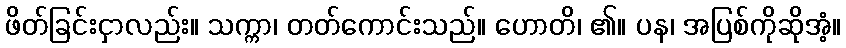
ဖိတ်ခြင်းငှာလည်း။ သက္ကာ၊ တတ်ကောင်းသည်။ ဟောတိ၊ ၏။ ပန၊ အပြစ်ကိုဆိုအံ့။